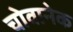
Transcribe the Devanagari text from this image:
चोवानेक